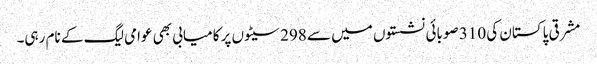
مشرقی پاکستان کی 310 صوبائی نشستوں میں سے 298 سیٹوں پر کامیابی بھی عوامی لیگ کے نام رہی۔